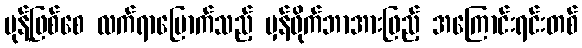
မုန့်ဖြစ်စေ လက်ရာမြောက်သည့် မှန်ဖိုက်ဘာအားဖြည့် အကြောင်းရင်းတစ်